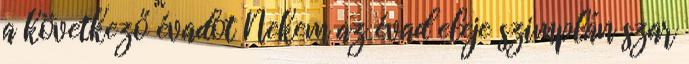
a következő évadot Nekem az évad eleje szimplán szar